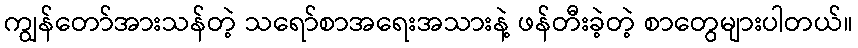
ကျွန်တော်အားသန်တဲ့ သရော်စာအရေးအသားနဲ့ ဖန်တီးခဲ့တဲ့ စာတွေများပါတယ်။